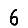
Digit: 6